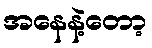
အနေနဲ့တော့